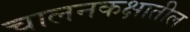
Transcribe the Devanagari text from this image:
चालनकक्षातील